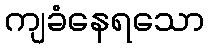
ကျခံနေရသော